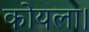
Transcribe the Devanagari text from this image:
कोयला।